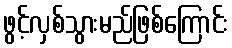
ဖွင့်လှစ်သွားမည်ဖြစ်ကြောင်း